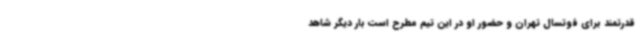
قدرتمند برای فوتسال تهران و حضور او در این تیم مطرح است بار دیگر شاهد